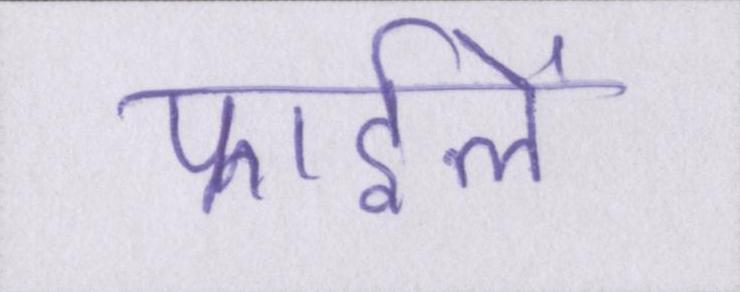
फाईलें